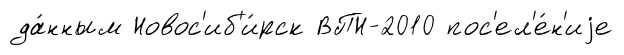
да́нным Новос'иб'и́рск ВПН-2010 пос'ел'е́н'иjе